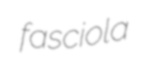
fasciola